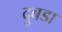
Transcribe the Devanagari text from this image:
दुबडा